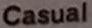
Casual